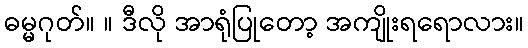
ဓမ္မဂုတ်။ ။ ဒီလို အာရုံပြုတော့ အကျိုးရရောလား။